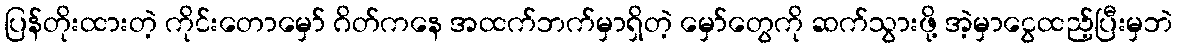
ပြန်တိုးထားတဲ့ ကိုင်းတောမှော် ဂိတ်ကနေ အထက်ဘက်မှာရှိတဲ့ မှော်တွေကို ဆက်သွားဖို့ အဲ့မှာငွေထည့်ပြီးမှဘဲ